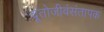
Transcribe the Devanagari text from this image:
दूतोजीवंसंतापक